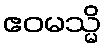
ဧဝမသ္မိ